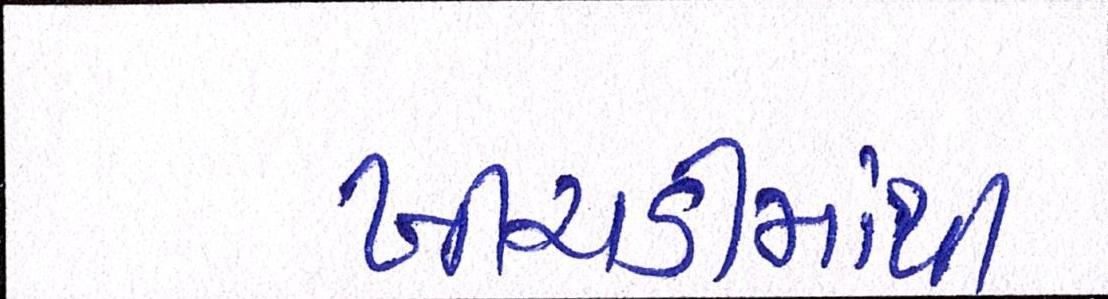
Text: ખીચડીમાંથી